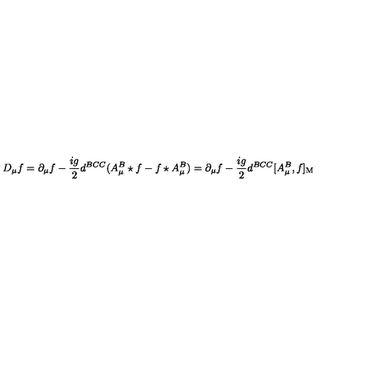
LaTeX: D _ { \mu } f = \partial _ { \mu } f - { \frac { i g } { 2 } } d ^ { B C C } ( A _ { \mu } ^ { B } \star f - f \star A _ { \mu } ^ { B } ) = \partial _ { \mu } f - { \frac { i g } { 2 } } d ^ { B C C } [ A _ { \mu } ^ { B } , f ] _ { \mathrm { M } }